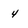
Character: 4